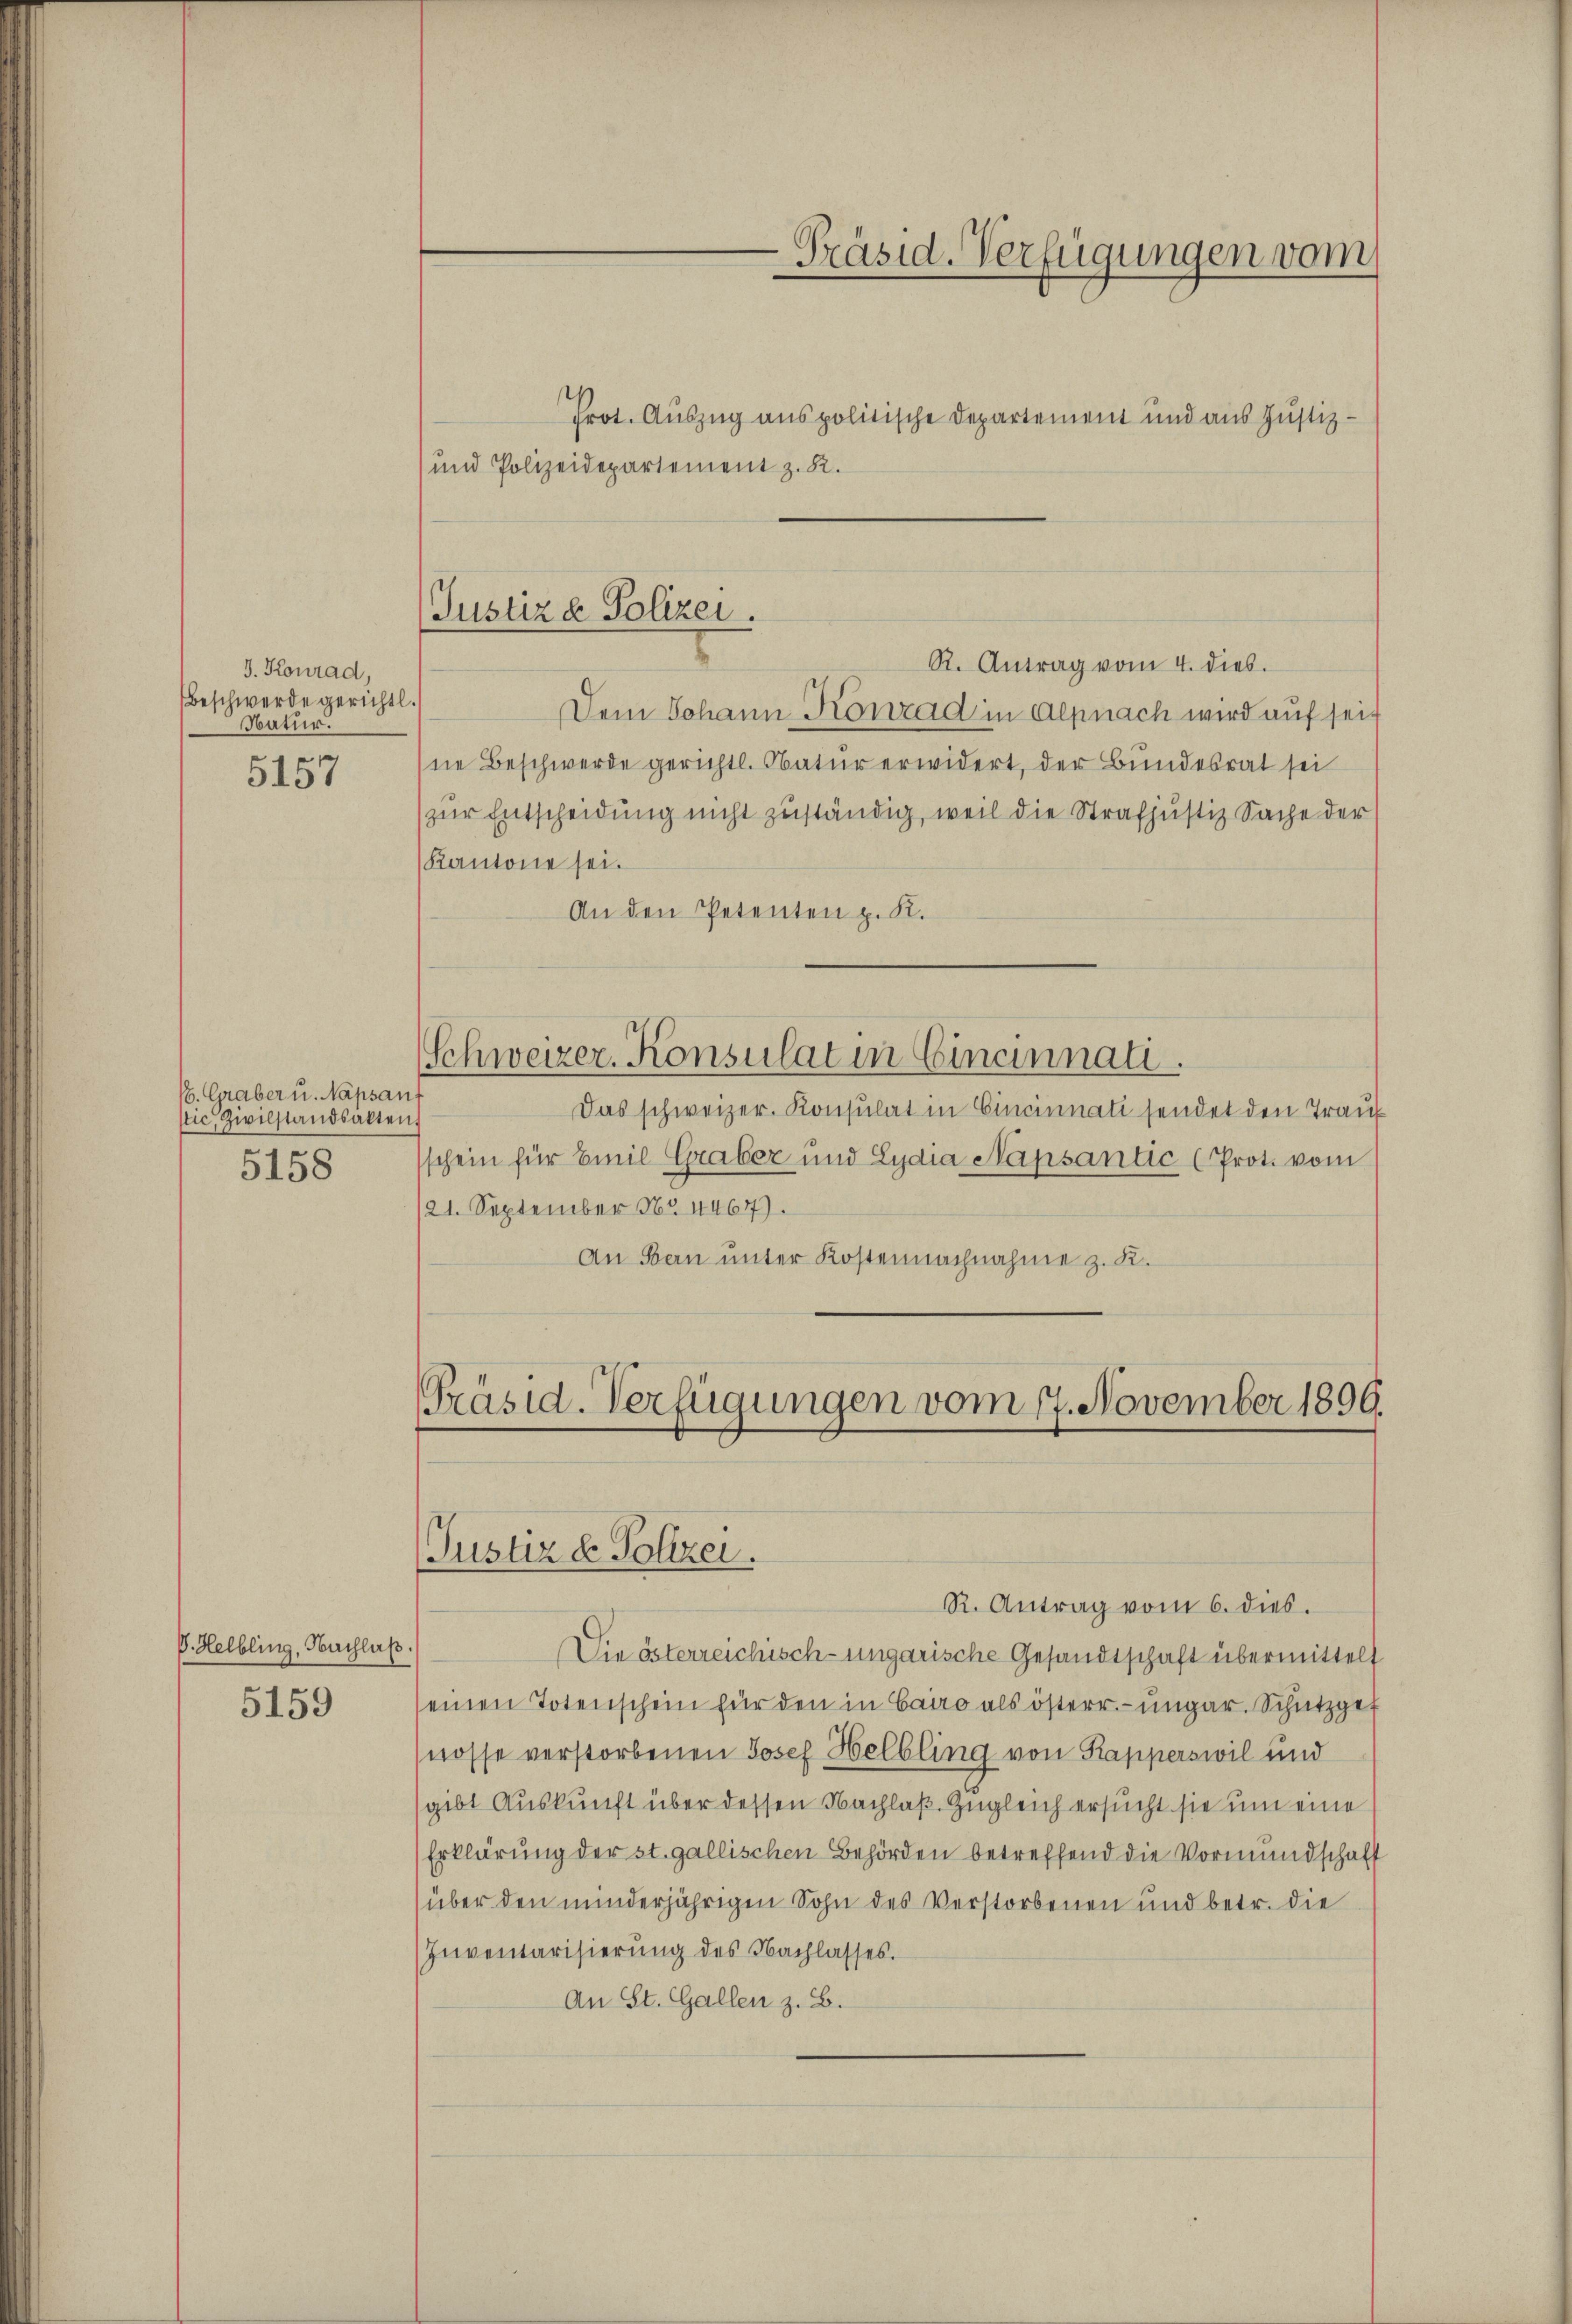
J. Konrad,
Beschwerde gerichtl.
Natur.

5157

1. Graber u. Napsant
stic. Zivilstandsakten.
5158

P. Helbling, Nachlaß.

5159

-Präsid. Verfügungen vom

und Polizeidepartement z. B.
Dem Johann Konrad in Alpnach wird auf seit
ne Beschwerde gerichtl. Obatur erwidert, der Bundesrat sei
zur Entscheidung nicht zuständig, weil die Strafjustiz Sache der
Kantone sei.
An den Petenten p. K.
Schweizer. Konsulat in Cincinnati.
Das schweizer. Konsulat in Cincinnati sendet den Trauf
schein für Emil Graber und Lydia Napsantic (Prot. vom
121. September Nr. 4467).
An Bern unter Kostennachnahme z. R.

Prot. Auszug aus politische Departement und aus Justiz¬

Justiz & Polizei.
R. Antrag vom 4. dies.

Präsid. Verfügungen vom 17. November 1890.
Justiz & Polizei.
R. Antrag vom 6. dies.

Die österreichisch-ungarische Gesandtschaft übermittelt
seinen Totenschein für den in Cairo als österr.-ungar. Schutzgenosse verstorbenen Josef Helbling von Kapperswil und
gibt Auskunft über dessen Nachlaß Zugleich ersucht sie um eine
Erklärung der st. gallischen Behörden betreffend die Vormundschaft
(über den minderjährigen Sohn des Verstorbenen und betr. die
Inventarisierung des Nachlasses.
An St. Gallen z. B.